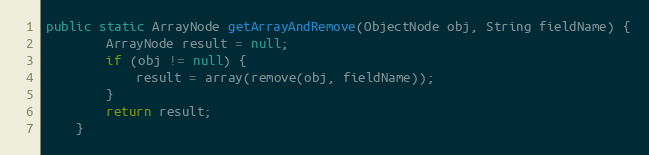
Language: Java
public static ArrayNode getArrayAndRemove(ObjectNode obj, String fieldName) {
		ArrayNode result = null;
		if (obj != null) {
			result = array(remove(obj, fieldName));
		}
		return result;
	}